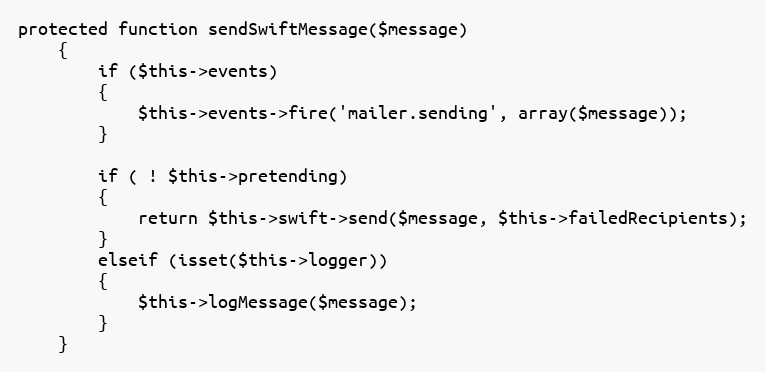
Language: PHP
protected function sendSwiftMessage($message)
	{
		if ($this->events)
		{
			$this->events->fire('mailer.sending', array($message));
		}

		if ( ! $this->pretending)
		{
			return $this->swift->send($message, $this->failedRecipients);
		}
		elseif (isset($this->logger))
		{
			$this->logMessage($message);
		}
	}